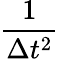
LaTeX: \frac{1}{\Delta t^{2}}